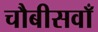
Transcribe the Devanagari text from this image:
चौबीसवाँ